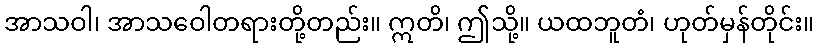
အာသဝါ၊ အာသဝေါတရားတို့တည်း။ ဣတိ၊ ဤသို့။ ယထဘူတံ၊ ဟုတ်မှန်တိုင်း။